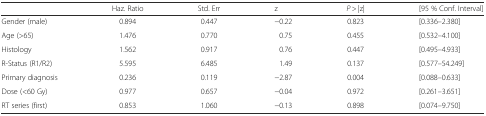
<table><thead><tr><td></td><td><b>Haz. Ratio</b></td><td><b>Std. Err</b></td><td><b>z</b></td><td><b><i>P</i> &gt; |z|</b></td><td><b>[95 % Conf. Interval]</b></td></tr></thead><tbody><tr><td>Gender (male)</td><td>0.894</td><td>0.447</td><td>−0.22</td><td>0.823</td><td>[0.336–2.380]</td></tr><tr><td>Age (&gt;65)</td><td>1.476</td><td>0.770</td><td>0.75</td><td>0.455</td><td>[0.532–4.100]</td></tr><tr><td>Histology</td><td>1.562</td><td>0.917</td><td>0.76</td><td>0.447</td><td>[0.495–4.933]</td></tr><tr><td>R-Status (R1/R2)</td><td>5.595</td><td>6.485</td><td>1.49</td><td>0.137</td><td>[0.577–54.249]</td></tr><tr><td>Primary diagnosis</td><td>0.236</td><td>0.119</td><td>−2.87</td><td>0.004</td><td>[0.088–0.633]</td></tr><tr><td>Dose (&lt;60 Gy)</td><td>0.977</td><td>0.657</td><td>−0.04</td><td>0.972</td><td>[0.261–3.651]</td></tr><tr><td>RT series (first)</td><td>0.853</td><td>1.060</td><td>−0.13</td><td>0.898</td><td>[0.074–9.750]</td></tr></tbody></table>